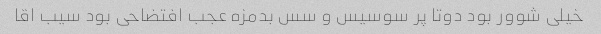
خیلی شوور بود دوتا پر سوسیس و سس بدمزه عجب افتضاحی بود سیب اقا